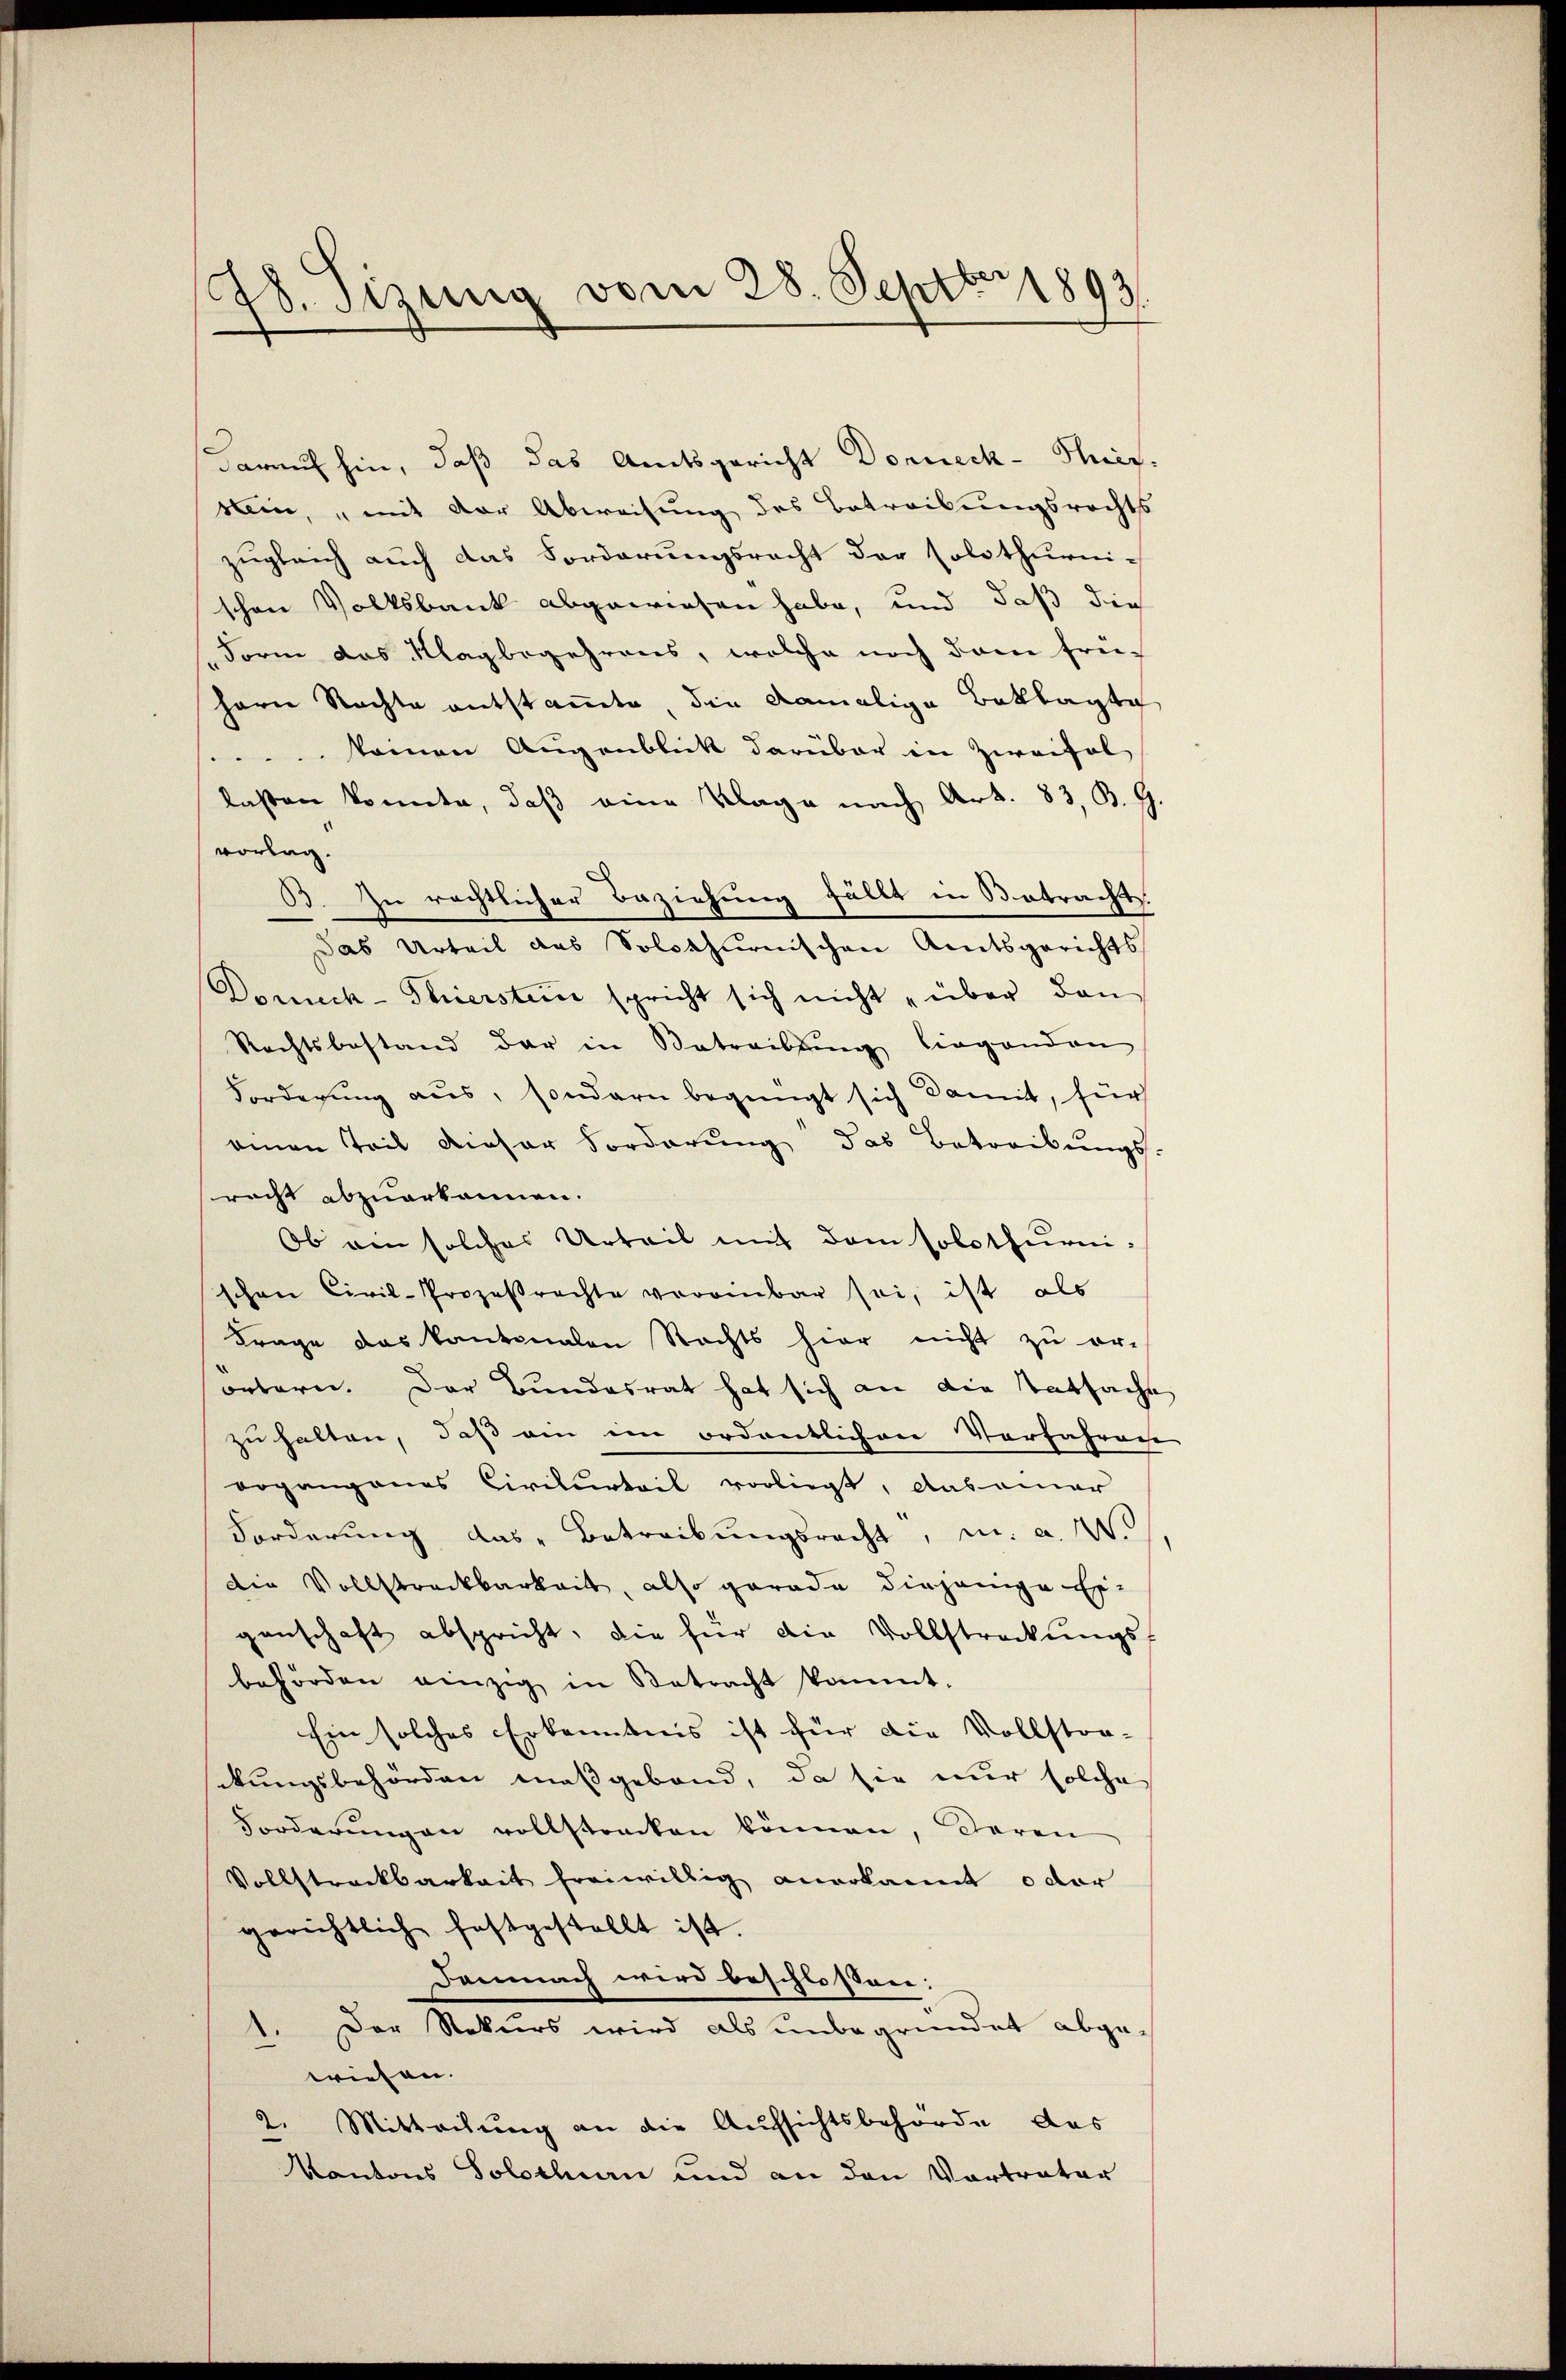
78. Sizung vom 28. Septbr 1893.

darauf hin, daß das Amtsgericht Donneck-Sterstein, mit der Abweisung des Betreibungsrechts
zugleich auch das Forderungsrecht der Solothurni-
schen Volksbank abgewiesen habe, und daß die
Form das Klagbegehrens, welche noch dem frühern Rechte entstammte, die damalige Beklagte
 kamen Augenblick darüber in Zweifel
laßen konnte, daß eine Klage nach Art. 83, B. G
vorlag.
B. Zu rechtlicher Beziehung fällt in Betracht.
Das Urteil das Solothurnischen Amtsgerichts
Domuck-Thierstein spricht sich nicht „über den
Rechtsbestand der in Betreibung liegenden
Forderung aus, sondern begnügt sich damit, für
einen Teil dieser Vorderung das Betreibungs-
racht abzuerkannen.
Ob am solches Urteil mit dem solothurnischen Civil-Prozessrechte vereinbar sei, ist als
Frage das kantonalen Rechts hier nicht zu or-
örtern. Der Bundesrat hat sich an die Tatsache
zu halten, daß ein im ordentlichen Vorfahren
organgenes Civilurteil vorliegt, das einer
Forderung das Betreibŭngsrecht, u. a. W.
die Vollstreckbarkeit, also gerade diejenige Er-
genschaft abspricht, die für die Vollstreckungs-
behörden einzig in Betracht kommt.
Ein solches Erkenntnis ist für die Vollstor-
ckungsbehörden maßgebend, da sie nur solche
Forderŭngen vollstrecken können, deren
Vollstreckbarkeit freiwillig anerkannt oder
gerichtlich festgestellt ist.
Demnach wird beschlossen:
Der Rekurs wird als unbegründet abgewiesen.
2. Mittachung an die Aufsichtsbehörde das
Kantons Solothurn und an den Vortrater